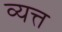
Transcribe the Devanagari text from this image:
व्यत्त